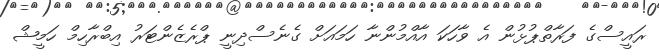
ރައީސްގެ ފަރާތްޕުޅުން އެ ވާހަކަ އާއްމުންނާ ހަމައަށް ގެނެސްދިނީ ޕްރެޒެންޓަރު އިބްރާހިމް ހަމީޝް